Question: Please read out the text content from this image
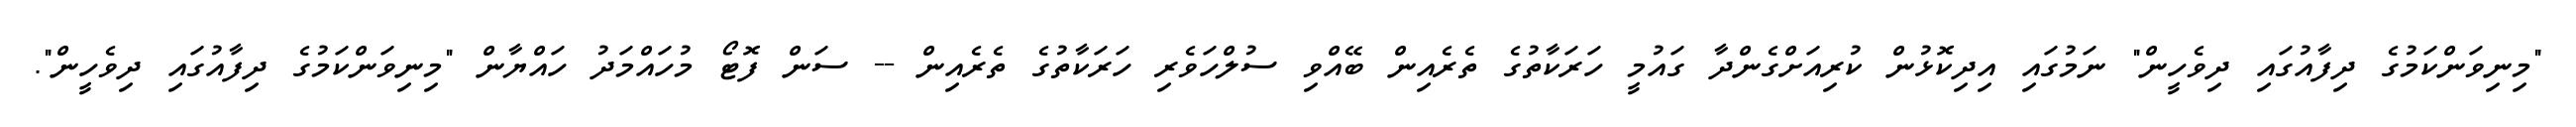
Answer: "މިނިވަންކަމުގެ ދިފާއުގައި ދިވެހީން" ނަމުގައި އިދިކޮޅުން ކުރިއަށްގެންދާ ގައުމީ ހަރަކާތުގެ ތެރެއިން ބޭއްވި ސުލްހަވެރި ހަރަކާތުގެ ތެރެއިން -- ސަން ފޮޓޯ މުހައްމަދު ހައްޔާން "މިނިވަންކަމުގެ ދިފާއުގައި ދިވެހީން".